Philaematomyia insignis, Austen - Number 54
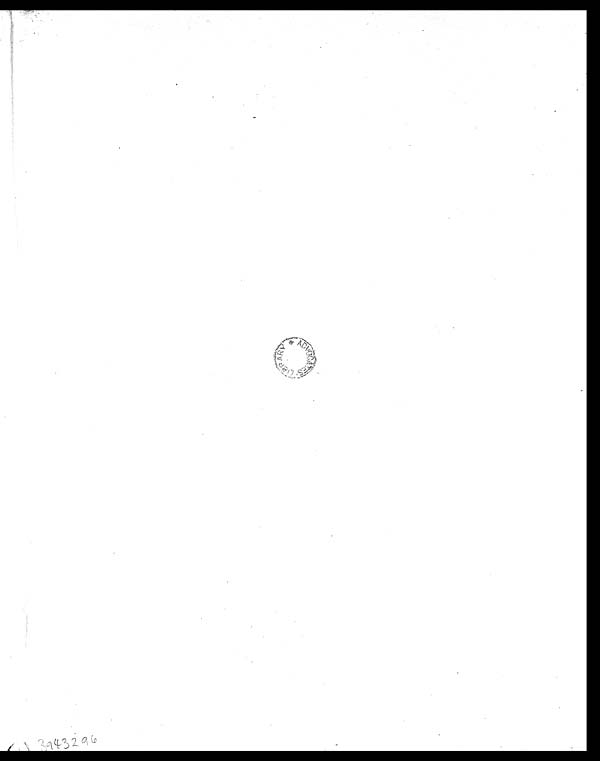
3943299